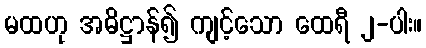
မထဟု အဓိဋ္ဌာန်၍ ကျင့်သော ထေရီ ၂-ပါး။